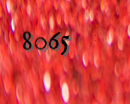
8065